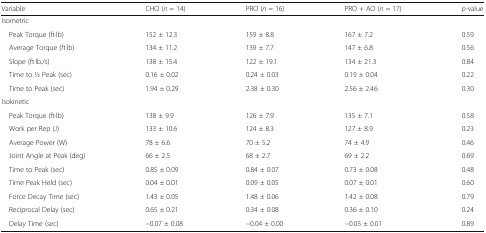
| Variable | CHO (n = 14) | PRO (n = 16) | PRO + AO (n = 17) | p-value |
 | --- | --- | --- | --- | --- |
 | <COLSPAN=5> Isometric |
 | Peak Torque (ft·lb) | 152 ± 12.3 | 159 ± 8.8 | 167 ± 7.2 | 0.59 |
 | Average Torque (ft·lb) | 134 ± 11.2 | 139 ± 7.7 | 147 ± 6.8 | 0.56 |
 | Slope (ft·lb./s) | 138 ± 15.4 | 122 ± 19.1 | 134 ± 21.3 | 0.84 |
 | Time to 1⁄2 Peak (sec) | 0.16 ± 0.02 | 0.24 ± 0.03 | 0.19 ± 0.04 | 0.22 |
 | Time to Peak (sec) | 1.94 ± 0.29 | 2.38 ± 0.30 | 2.56 ± 2.46 | 0.30 |
 | <COLSPAN=5> Isokinetic |
 | Peak Torque (ft·lb) | 138 ± 9.9 | 126 ± 7.9 | 135 ± 7.1 | 0.58 |
 | Work per Rep (J) | 133 ± 10.6 | 124 ± 8.3 | 127 ± 8.9 | 0.23 |
 | Average Power (W) | 78 ± 6.6 | 70 ± 5.2 | 74 ± 4.9 | 0.46 |
 | Joint Angle at Peak (deg) | 66 ± 2.5 | 68 ± 2.7 | 69 ± 2.2 | 0.69 |
 | Time to Peak (sec) | 0.85 ± 0.09 | 0.84 ± 0.07 | 0.73 ± 0.08 | 0.48 |
 | Time Peak Held (sec) | 0.04 ± 0.01 | 0.09 ± 0.05 | 0.07 ± 0.01 | 0.60 |
 | Force Decay Time (sec) | 1.43 ± 0.05 | 1.48 ± 0.06 | 1.42 ± 0.08 | 0.79 |
 | Reciprocal Delay (sec) | 0.65 ± 0.21 | 0.34 ± 0.08 | 0.36 ± 0.10 | 0.24 |
 | Delay Time (sec) | −0.07 ± 0.08 | −0.04 ± 0.00 | −0.05 ± 0.01 | 0.89 |